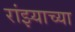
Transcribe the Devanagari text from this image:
रांझ्याच्या